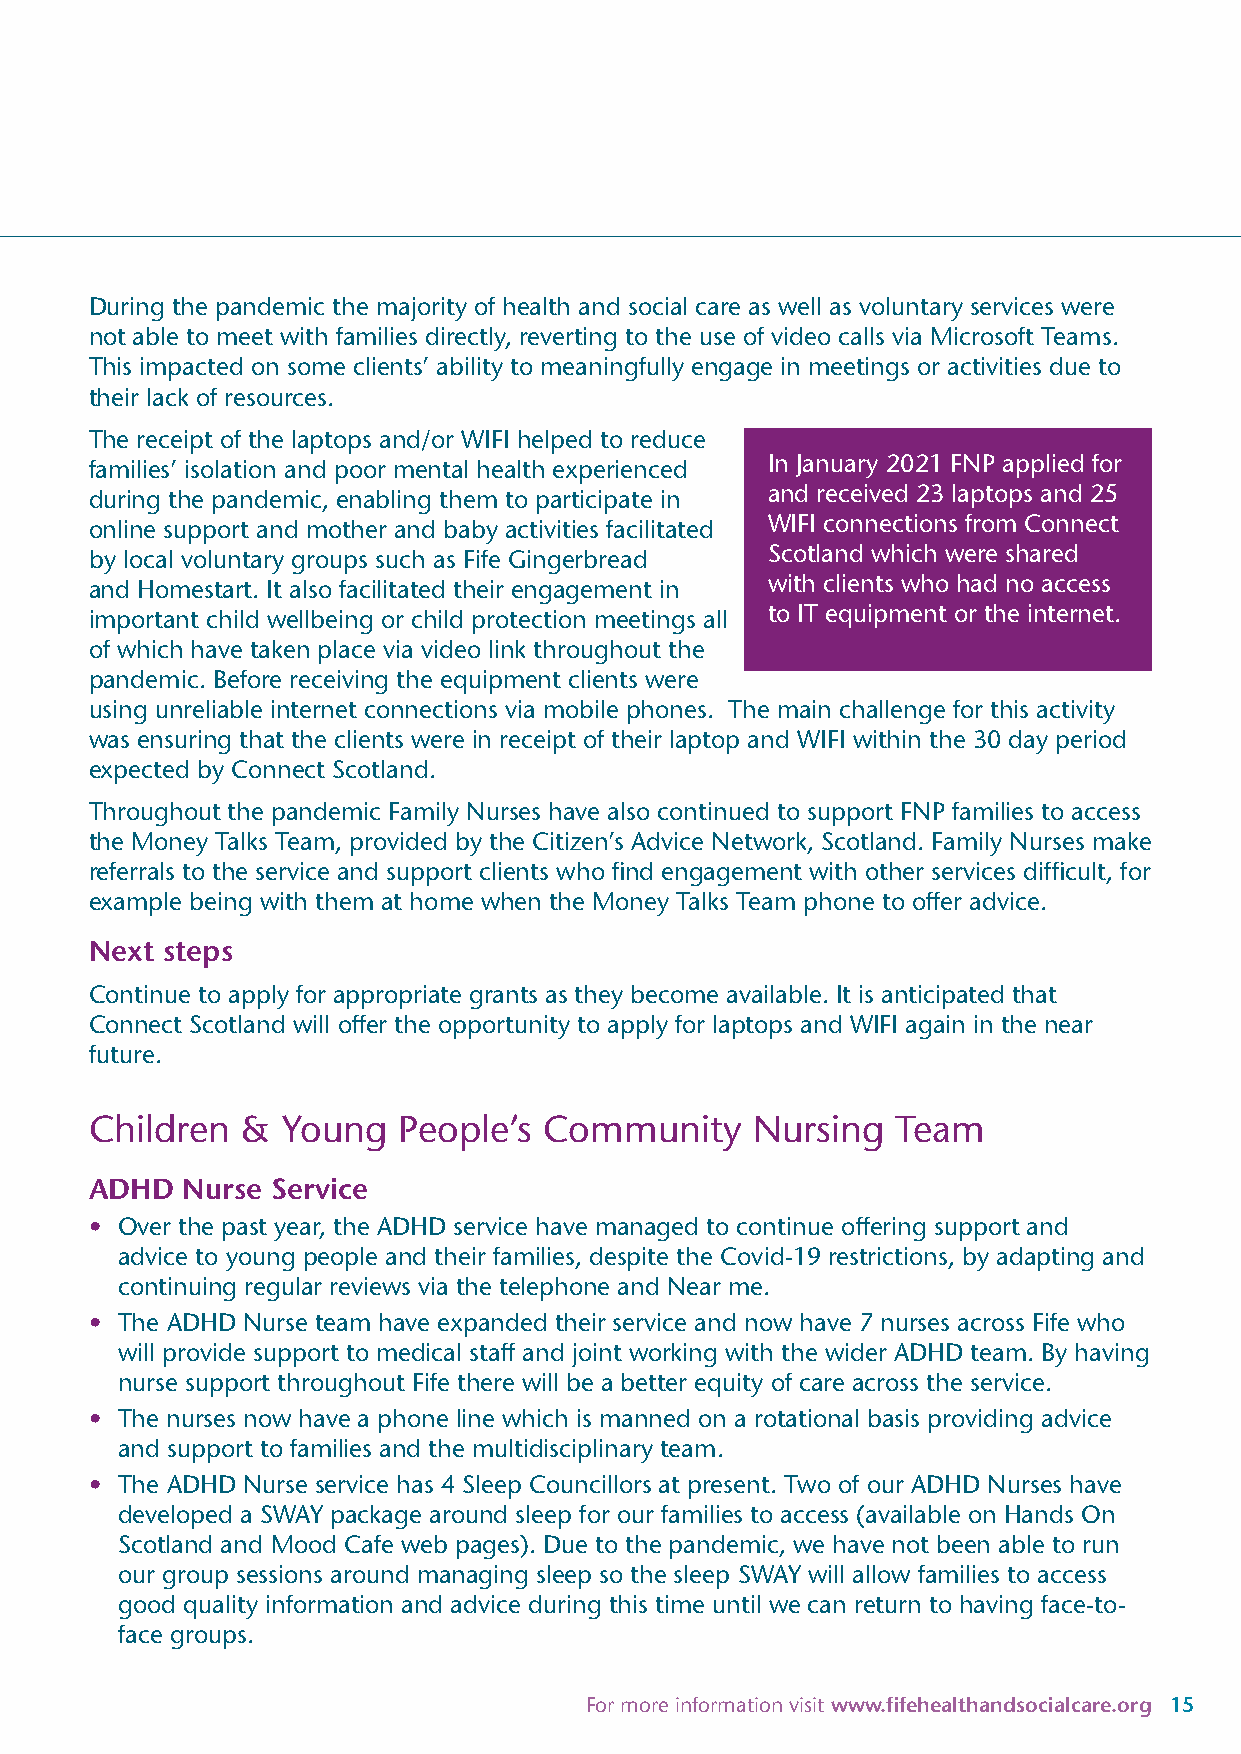
During the pandemic the majority of health and social care as well as voluntary services were
 not able to meet with families directly, reverting to the use of video calls via Microsoft Teams.
 This impacted on some clients’ ability to meaningfully engage in meetings or activities due to
 their lack of resources.
 The receipt of the laptops and/or WIFI helped to reduce
 In January 2021 FNP applied for
 families’ isolation and poor mental health experienced
 and received 23 laptops and 25
 during the pandemic, enabling them to participate in
 WIFI connections from Connect
 online support and mother and baby activities facilitated
 Scotland which were shared
 by local voluntary groups such as Fife Gingerbread
 with clients who had no access
 and Homestart. It also facilitated their engagement in
 to IT equipment or the internet.
 important child wellbeing or child protection meetings all
 of which have taken place via video link throughout the
 pandemic. Before receiving the equipment clients were
 using unreliable internet connections via mobile phones. The main challenge for this activity
 was ensuring that the clients were in receipt of their laptop and WIFI within the 30 day period
 expected by Connect Scotland.
 Throughout the pandemic Family Nurses have also continued to support FNP families to access
 the Money Talks Team, provided by the Citizen’s Advice Network, Scotland. Family Nurses make
 referrals to the service and support clients who find engagement with other services difficult, for
 example being with them at home when the Money Talks Team phone to offer advice.
 Next steps
 Continue to apply for appropriate grants as they become available. It is anticipated that
 Connect Scotland will offer the opportunity to apply for laptops and WIFI again in the near
 future.
 Children  &  Young  People’s  Community     Nursing  Team
 ADHD  Nurse Service
 • Over the past year, the ADHD service have managed to continue offering support and
 advice to young people and their families, despite the Covid-19 restrictions, by adapting and
 continuing regular reviews via the telephone and Near me.
 • The ADHD Nurse team have expanded their service and now have 7 nurses across Fife who
 will provide support to medical staff and joint working with the wider ADHD team. By having
 nurse support throughout Fife there will be a better equity of care across the service.
 • The nurses now have a phone line which is manned on a rotational basis providing advice
 and support to families and the multidisciplinary team.
 • The ADHD Nurse service has 4 Sleep Councillors at present. Two of our ADHD Nurses have
 developed a SWAY package around sleep for our families to access (available on Hands On
 Scotland and Mood Cafe web pages). Due to the pandemic, we have not been able to run
 our group sessions around managing sleep so the sleep SWAY will allow families to access
 good quality information and advice during this time until we can return to having face-to-
 face groups.
 For more information visit www.fifehealthandsocialcare.org 15